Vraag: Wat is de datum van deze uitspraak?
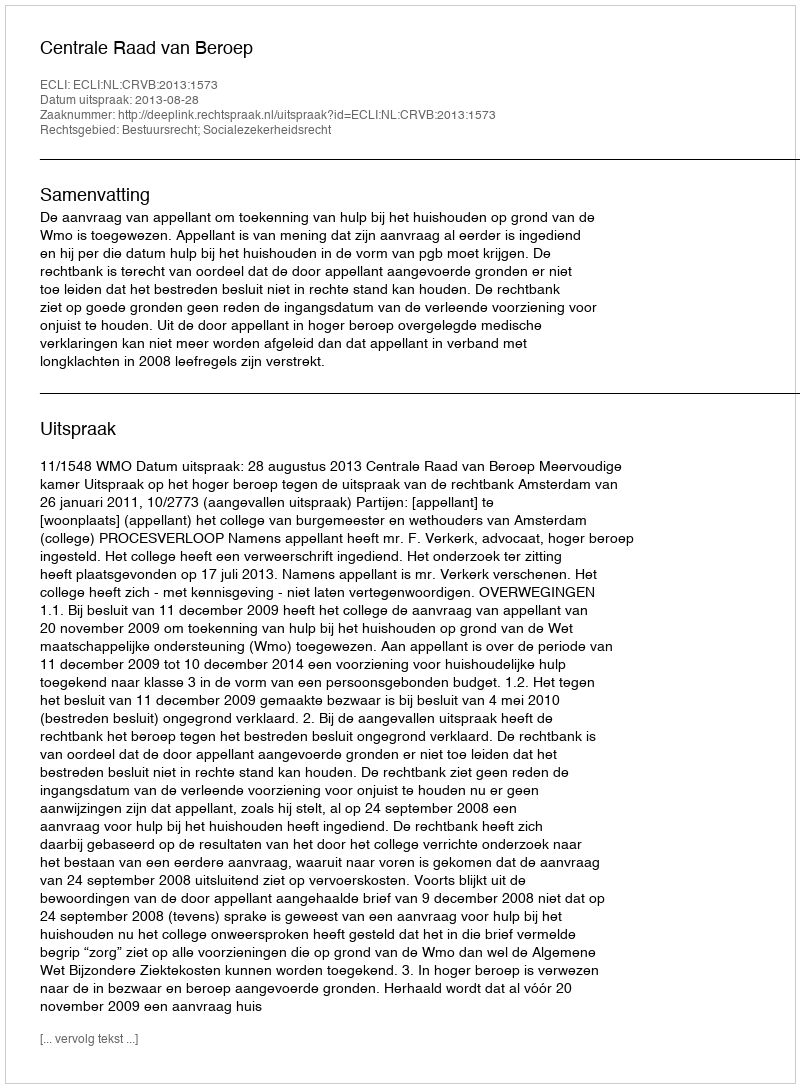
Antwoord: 2013-08-28